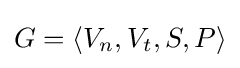
G=\langle V_{n},V_{t},S,P\rangle